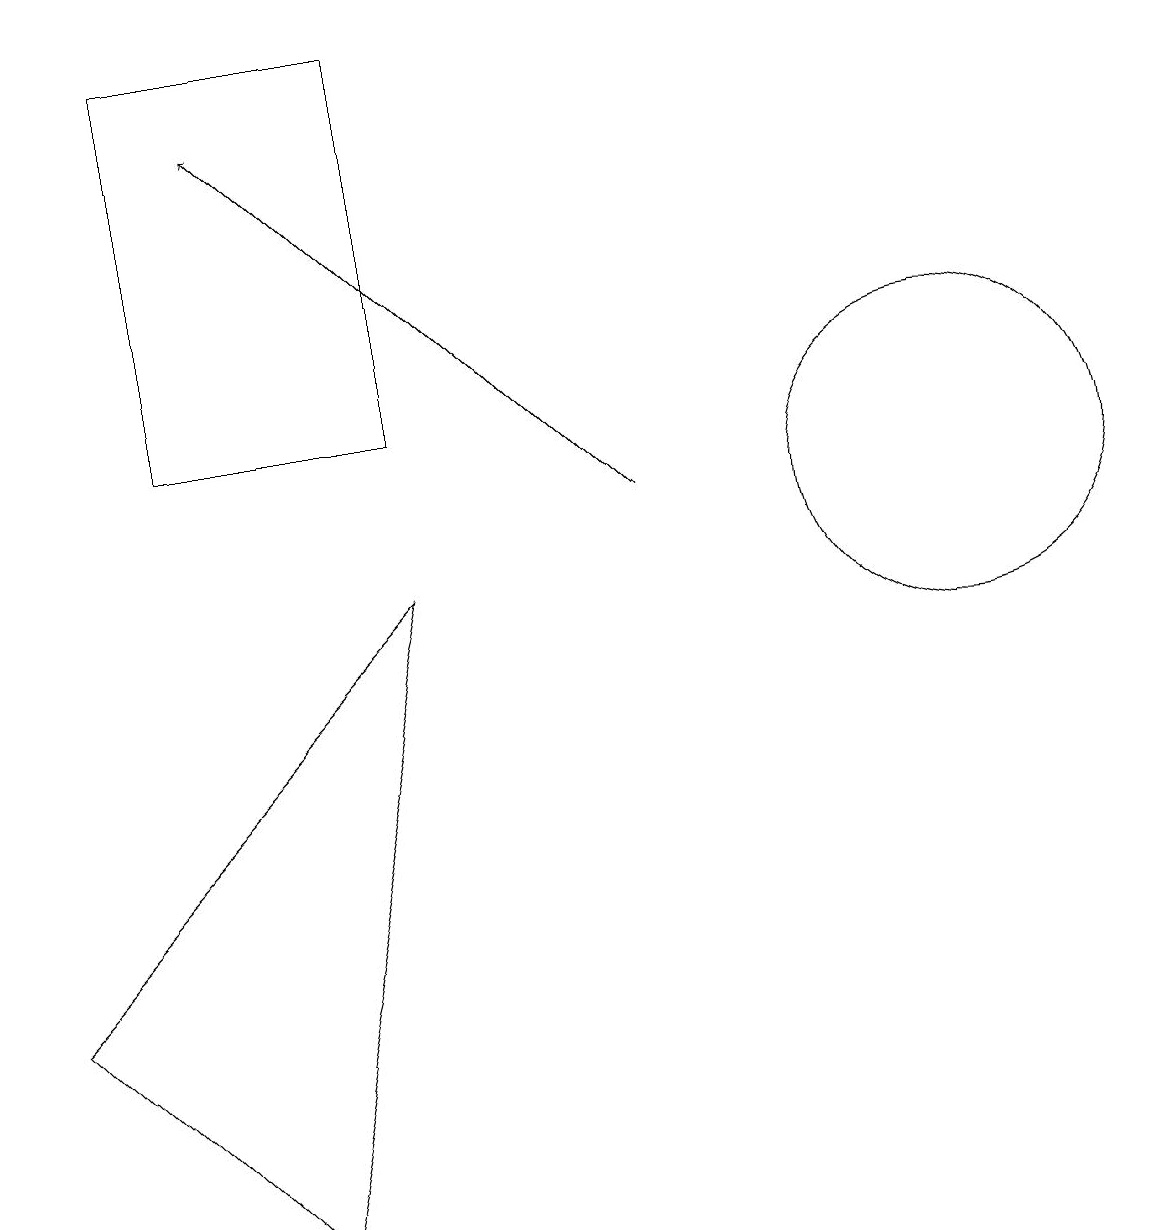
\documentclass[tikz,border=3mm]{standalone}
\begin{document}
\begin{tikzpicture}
\draw (0,4) -- (3,1) -- (5,9) -- cycle;
\draw[->] (8,10) -- (3,15);
\draw (5,16) rectangle (2,11);
\draw (12,10) circle (2);
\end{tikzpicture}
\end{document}